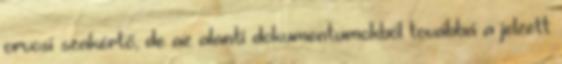
orvosi szakértő, de az alanti dokumentumokból továbbá a jelzett